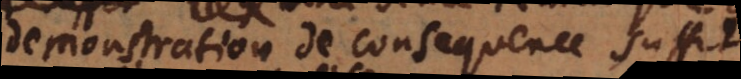
demonstration de consequence suffit